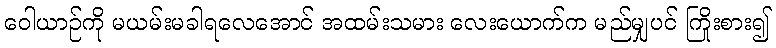
ဝေါယာဉ်ကို မယမ်းမခါရလေအောင် အထမ်းသမား လေးယောက်က မည်မျှပင် ကြိုးစား၍